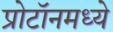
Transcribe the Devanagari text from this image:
प्रोटॉनमध्ये